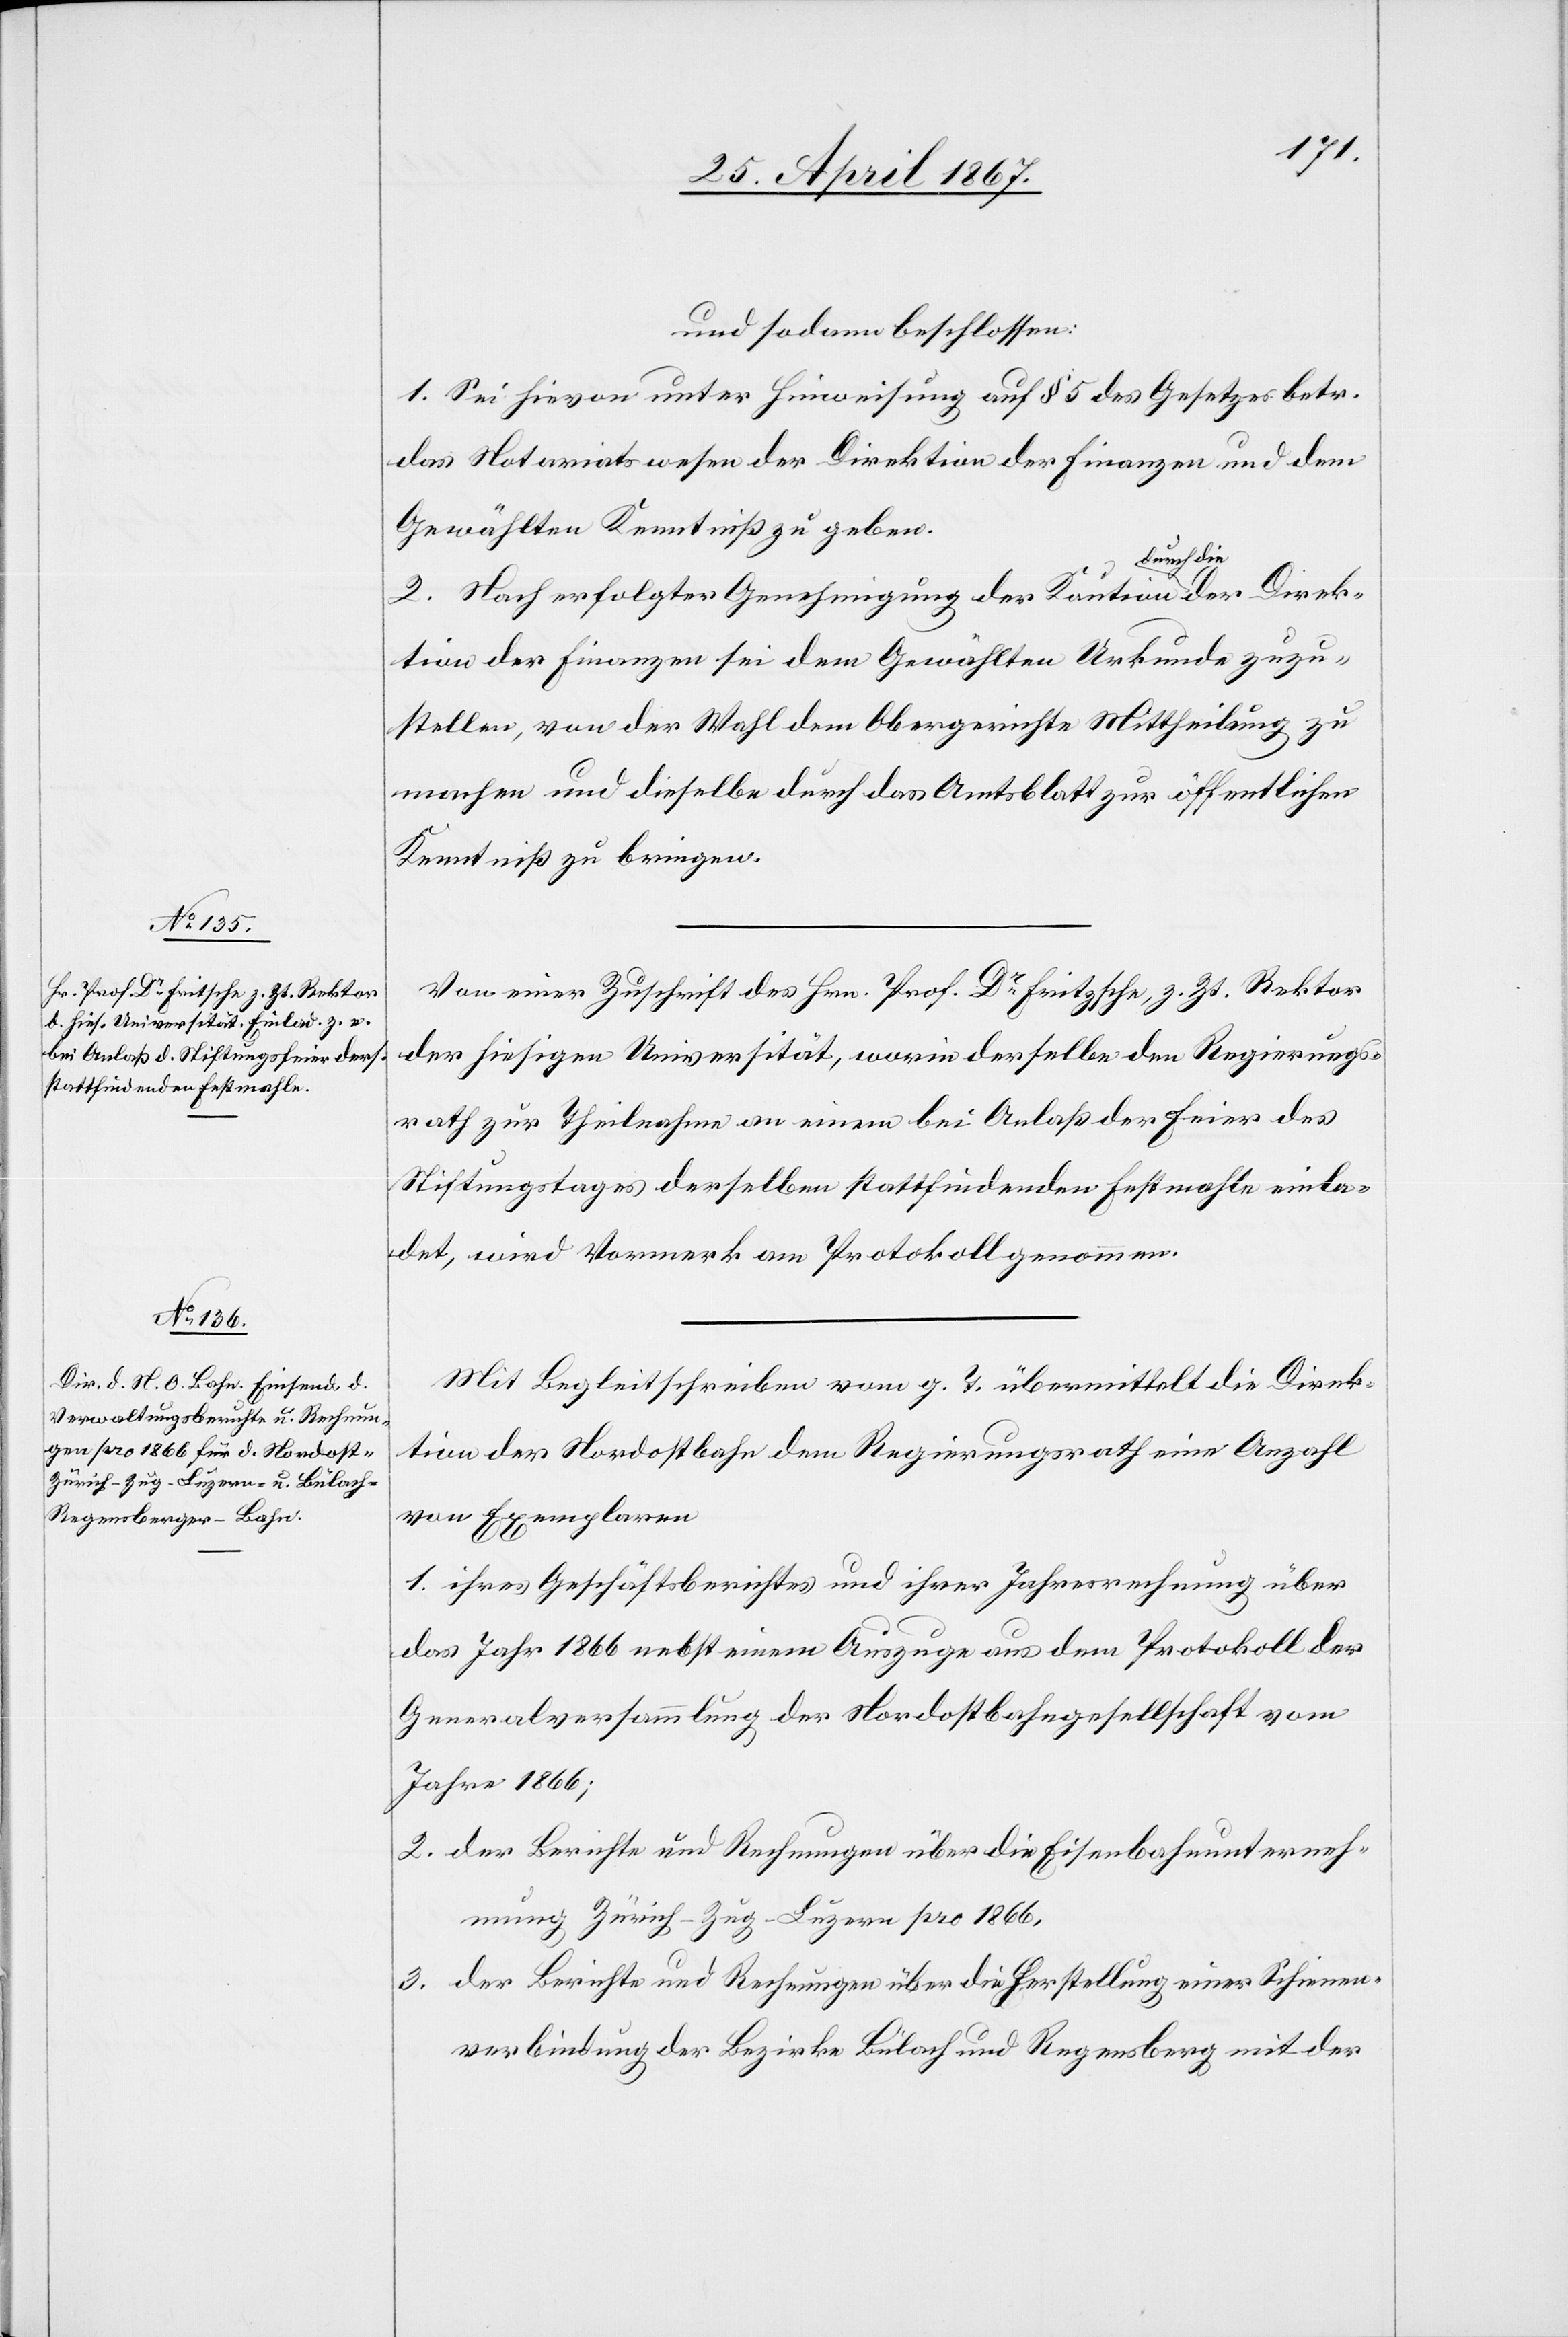
Direk¬
und sodann beschlossen:
1. Sei hievon unter Hinweisung auf § 5 des Gesetzes betr.
das Notariatswesen der Direktion der Finanzen und dem
Gewählten Kenntniß zu geben.
2. Nach erfolgter Genehmigung der Kaution durch die
tion der Finanzen sei dem Gewählten Urkunde zuzu¬
stellen, von der Wahl dem Obergerichte Mittheilung zu
machen und dieselbe durch das Amtsblatt zur öffentlichen
Kenntniß zu bringen.
Von einer Zuschrift des Hrn. Prof. Dr. Fritzsche [sic!], z. Zt. Rektor
der hiesigen Universität, worin derselbe den Regierungs¬
rath zur Theilnahme an einem bei Anlaß der Feier des
Stiftungstages derselben stattfindenden Festmahle einla¬
det, wird Vormerk am Protokoll genommen.
Mit Begleitschreiben vom g. T. übermittelt die Direk¬
tion der Nordostbahn dem Regierungsrath eine Anzahl
von Exemplaren
1. ihres Geschäftsberichtes und ihrer Jahresrechnung über
das Jahr 1866 nebst einem Auszuge aus dem Protokoll der
Generalversammlung der Nordostbahngesellschaft vom
Jahre 1866;
2. der Berichte und Rechnungen über die Eisenbahnunterneh¬
mung Zürich-Zug-Luzern pro 1866.
3. der Berichte und Rechnungen über die Herstellung einer Schienen¬
verbindung der Bezirke Bülach und Regensberg mit der